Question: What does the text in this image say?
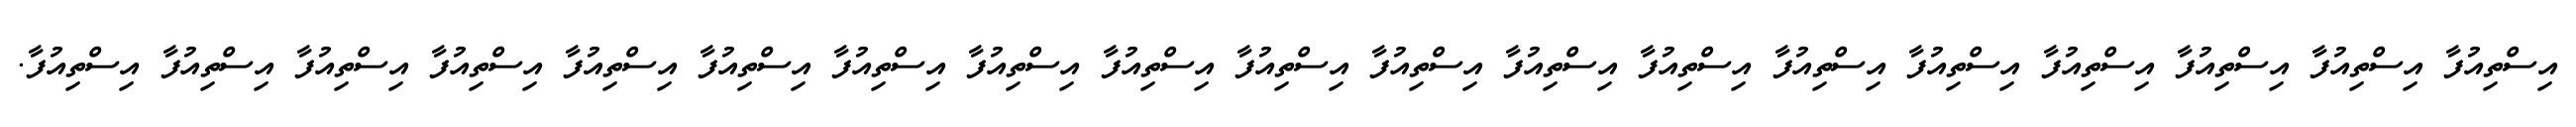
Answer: އިސްތިއުފާ އިސްތިއުފާ އިސްތިއުފާ އިސްތިއުފާ އިސްތިއުފާ އިސްތިއުފާ އިސްތިއުފާ އިސްތިއުފާ އިސްތިއުފާ އިސްތިއުފާ އިސްތިއުފާ އިސްތިއުފާ އިސްތިއުފާ އިސްތިއުފާ އިސްތިއުފާ އިސްތިއުފާ އިސްތިއުފާ އިސްތިއުފާ އިސްތިއުފާ.